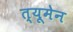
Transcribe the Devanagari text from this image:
त्यूमेन